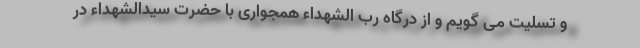
و تسلیت می گویم و از درگاه رب الشهداء همجواری با حضرت سیدالشهداء در